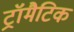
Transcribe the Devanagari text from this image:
ट्रॉमैटिक